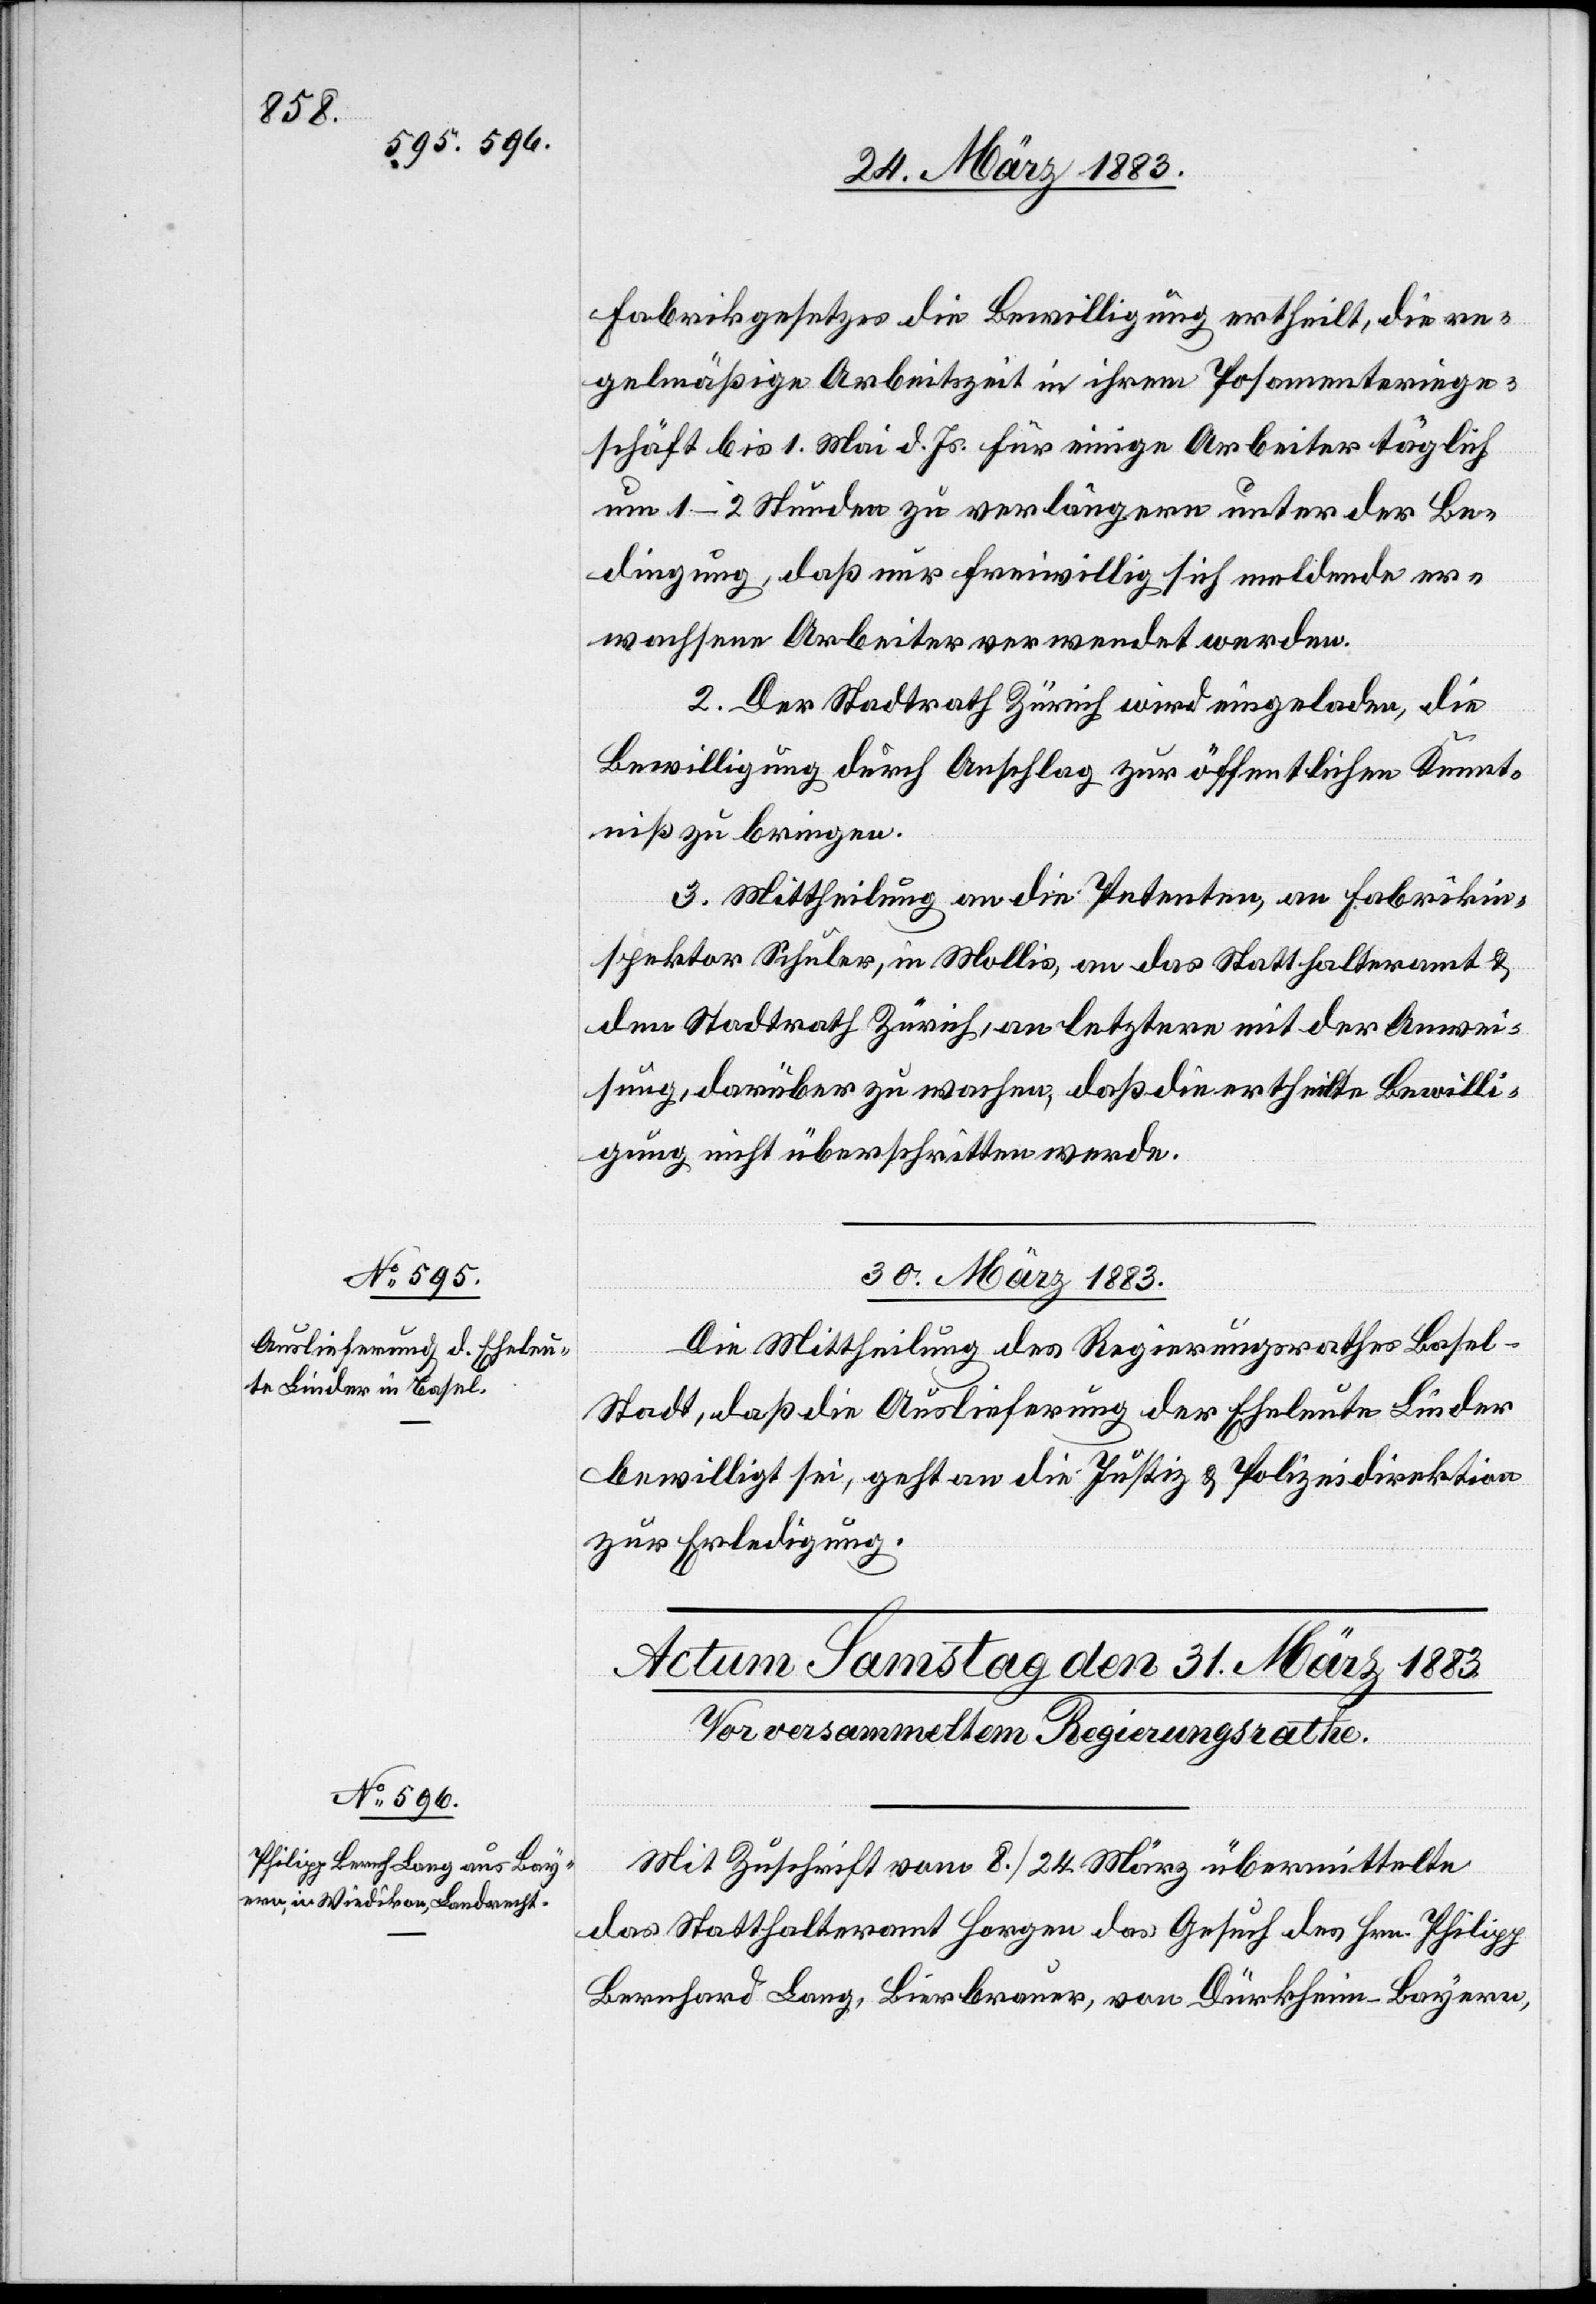
Fabrikgesetzes die Bewilligung ertheilt, die re¬
gelmäßige Arbeitszeit in ihrem Posamenteriege¬
schäft bis 1. Mai d. Js. für einige Arbeiter täglich
um 1–2 Stunden zu verlängern unter der Be¬
dingung, daß nur freiwillig sich meldende er¬
wachsene Arbeiter verwendet werden.
2. Der Stadtrath Zürich wird eingeladen, die
Bewilligung durch Anschlag zur öffentlichen Kennt¬
niß zu bringen.
3. Mittheilung an die Petenten, an Fabrikin¬
spektor Schuler, in Mollis, an das Statthalteramt und
den Stadtrath Zürich, an letztere mit der Anwei¬
sung, darüber zu wachen, daß die ertheilte Bewilli¬
gung nicht überschritten werde.
30. März 1883.
Die Mittheilung des Regierungsrathes Basel-S¬
tadt, daß die Auslieferung der Eheleute Linder
bewilligt sei, geht an die Justiz- & Polizeidirektion
zur Erledigung.
Mit Zuschrift vom 8./24. März übermittelte
das Statthalteramt Horgen das Gesuch des Hrn. Philipp
Bernhard Lang, Bierbrauer, von Dürkheim - Bayern